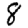
Digit: 8